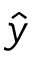
\hat { y }